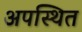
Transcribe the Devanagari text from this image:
अपस्थित